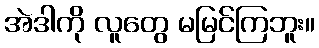
အဲဒါကို လူတွေ မမြင်ကြဘူး။